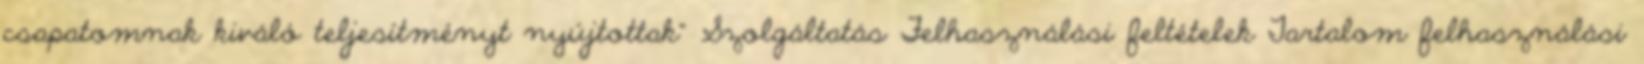
csapatomnak kiváló teljesítményt nyújtottak” Szolgáltatás Felhasználási feltételek Tartalom felhasználási